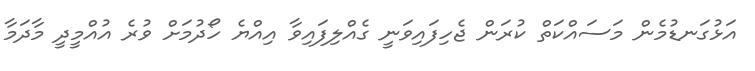
އަޅުގަނޑުމެން މަސައްކަތް ކުރަން ޖެހިފައިވަނީ ގެއްލިފައިވާ އިއްޔެ ހޯދުމަށް ވުރެ އުއްމީދީ މާދަމާ